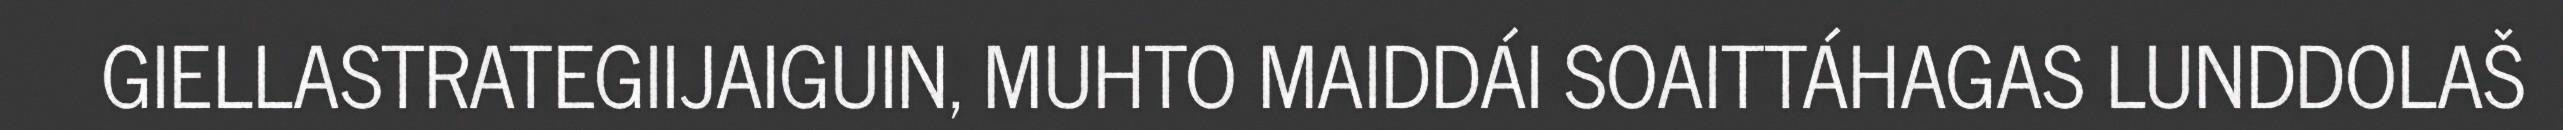
GIELLASTRATEGIIJAIGUIN, MUHTO MAIDDÁI SOAITTÁHAGAS LUNDDOLAŠ